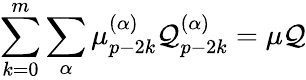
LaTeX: \sum_{k=0}^{m}\sum_{\alpha}\mu_{p-2k}^{(\alpha)}\mathcal{Q}_{p-2k}^{(\alpha)}=\mu\mathcal{Q}